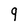
Character: 9